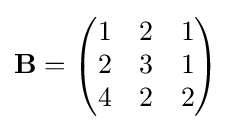
\mathbf {B} ={\begin{pmatrix}1&2&1\\2&3&1\\4&2&2\\\end{pmatrix}}